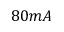
8 0 m A